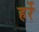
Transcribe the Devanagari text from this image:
हर्रे